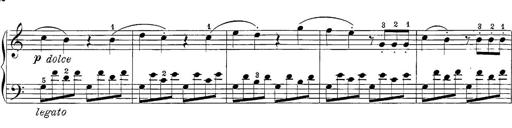
Title: 12 Sonatine per Pianoforte
Composer: Friedrich Kuhlau